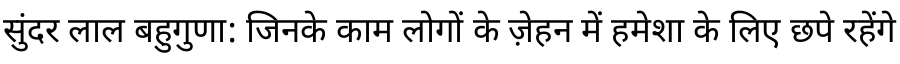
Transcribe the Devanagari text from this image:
सुंदर लाल बहुगुणा: जिनके काम लोगों के ज़ेहन में हमेशा के लिए छपे रहेंगे